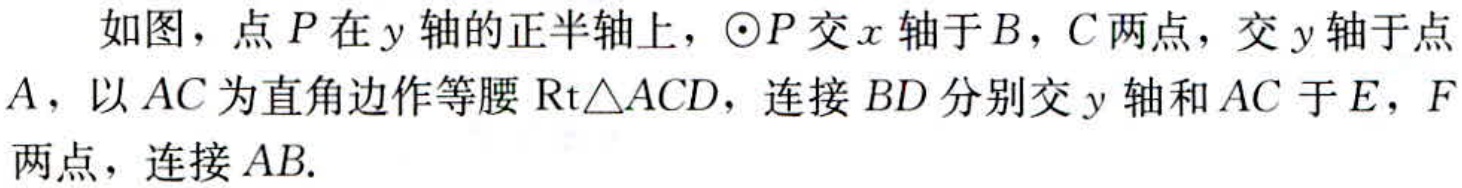
如图，点\(P\)在\(y\)轴的正半轴上，\(\odot P\)交\(x\)轴于\(B\)，\(C\)两点，交\(y\)轴于点\(A\)，以\(AC\)为直角边作等腰\(\text{Rt}\triangle ACD\)，连接\(BD\)分别交\(y\)轴和\(AC\)于\(E\)，\(F\)两点，连接\(AB\).